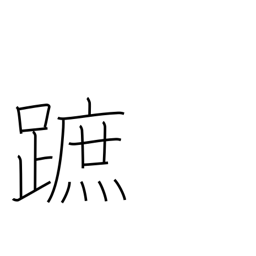
Meaning: sole of foot